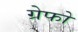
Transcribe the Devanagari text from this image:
ग्रेफो